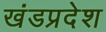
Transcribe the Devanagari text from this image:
खंडप्रदेश